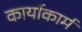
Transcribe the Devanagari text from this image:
कार्याकार्म